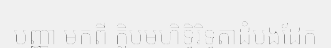
បញ្ញា មកពី ក្លិបមហិទ្ធិរិទ្ធតាដំបងដែក